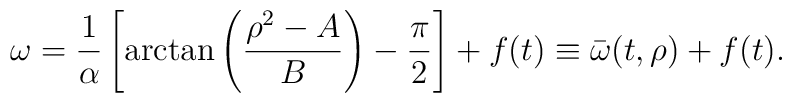
\omega = \frac{1}{\alpha}\left[\arctan\left(\frac{\rho^2-A}{B}\right)-\frac{\pi}{2}\right] + f(t) \equiv \bar\omega(t,\rho) + f(t).